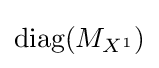
{\textrm {diag}}(M_{X^{1}})